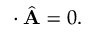
\begin{array} { r } { { \bf \nabla } \cdot \hat { \bf A } = 0 . } \end{array}